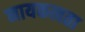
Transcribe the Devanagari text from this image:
नायकत्वता